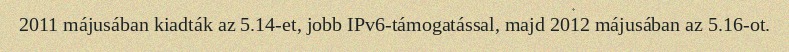
2011 májusában kiadták az 5.14-et, jobb IPv6-támogatással, majd 2012 májusában az 5.16-ot.